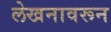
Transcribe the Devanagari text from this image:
लेखनावरून